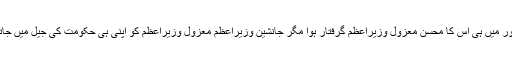
اس جانشین وزیراعظم کے اقتدار کے دور میں ہی اس کا محسن معزول وزیراعظم گرفتار ہوا مگر جانشین وزیراعظم معزول وزیراعظم کو اپنی ہی حکومت کی جیل میں جاتے دیکھتا رہ گیا، کچھ بھی نہ کر سکا!